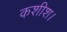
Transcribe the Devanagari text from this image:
कशीश।